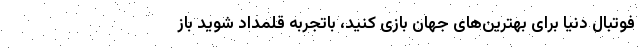
فوتبال دنیا برای بهترین‌های جهان بازی کنید، باتجربه قلمداد شوید باز